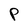
Character: P